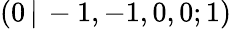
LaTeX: (0\, |\, -1,-1,0,0;1)